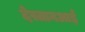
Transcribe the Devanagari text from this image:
देस्तानआई